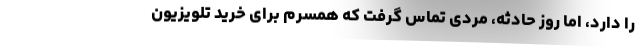
را دارد، اما روز حادثه، مردی تماس گرفت که همسرم برای خرید تلویزیون